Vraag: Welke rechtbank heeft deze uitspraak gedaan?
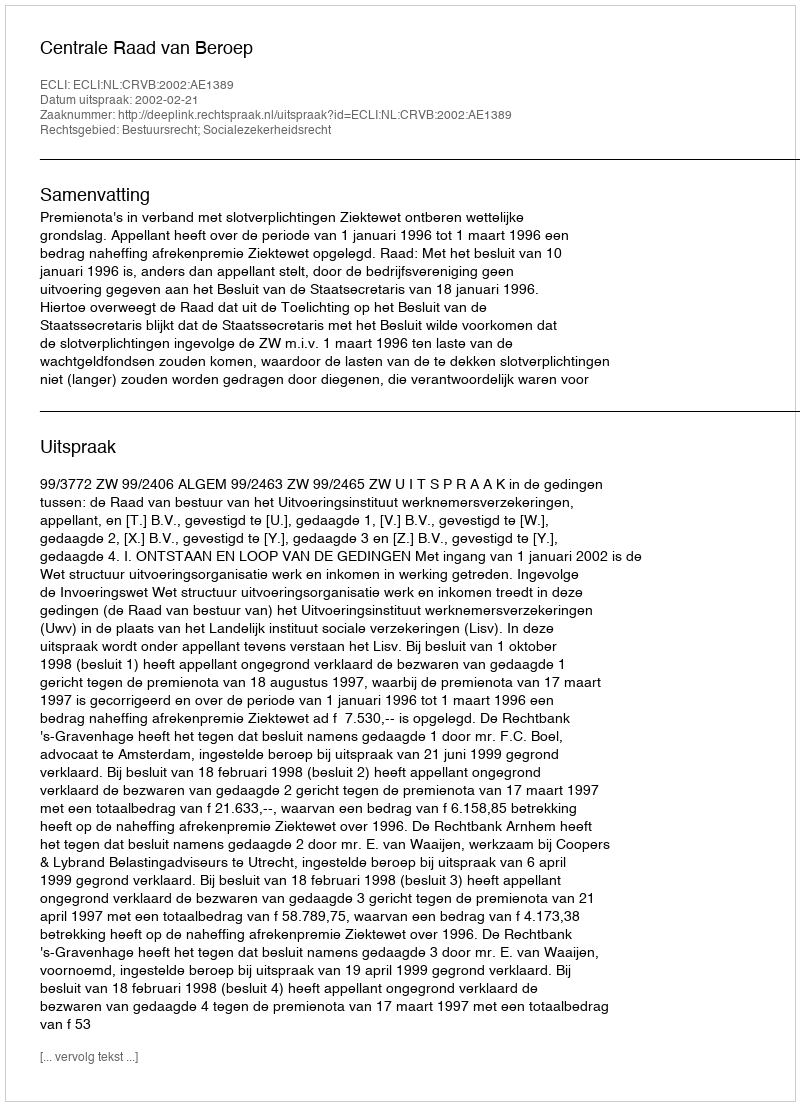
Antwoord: Centrale Raad van Beroep